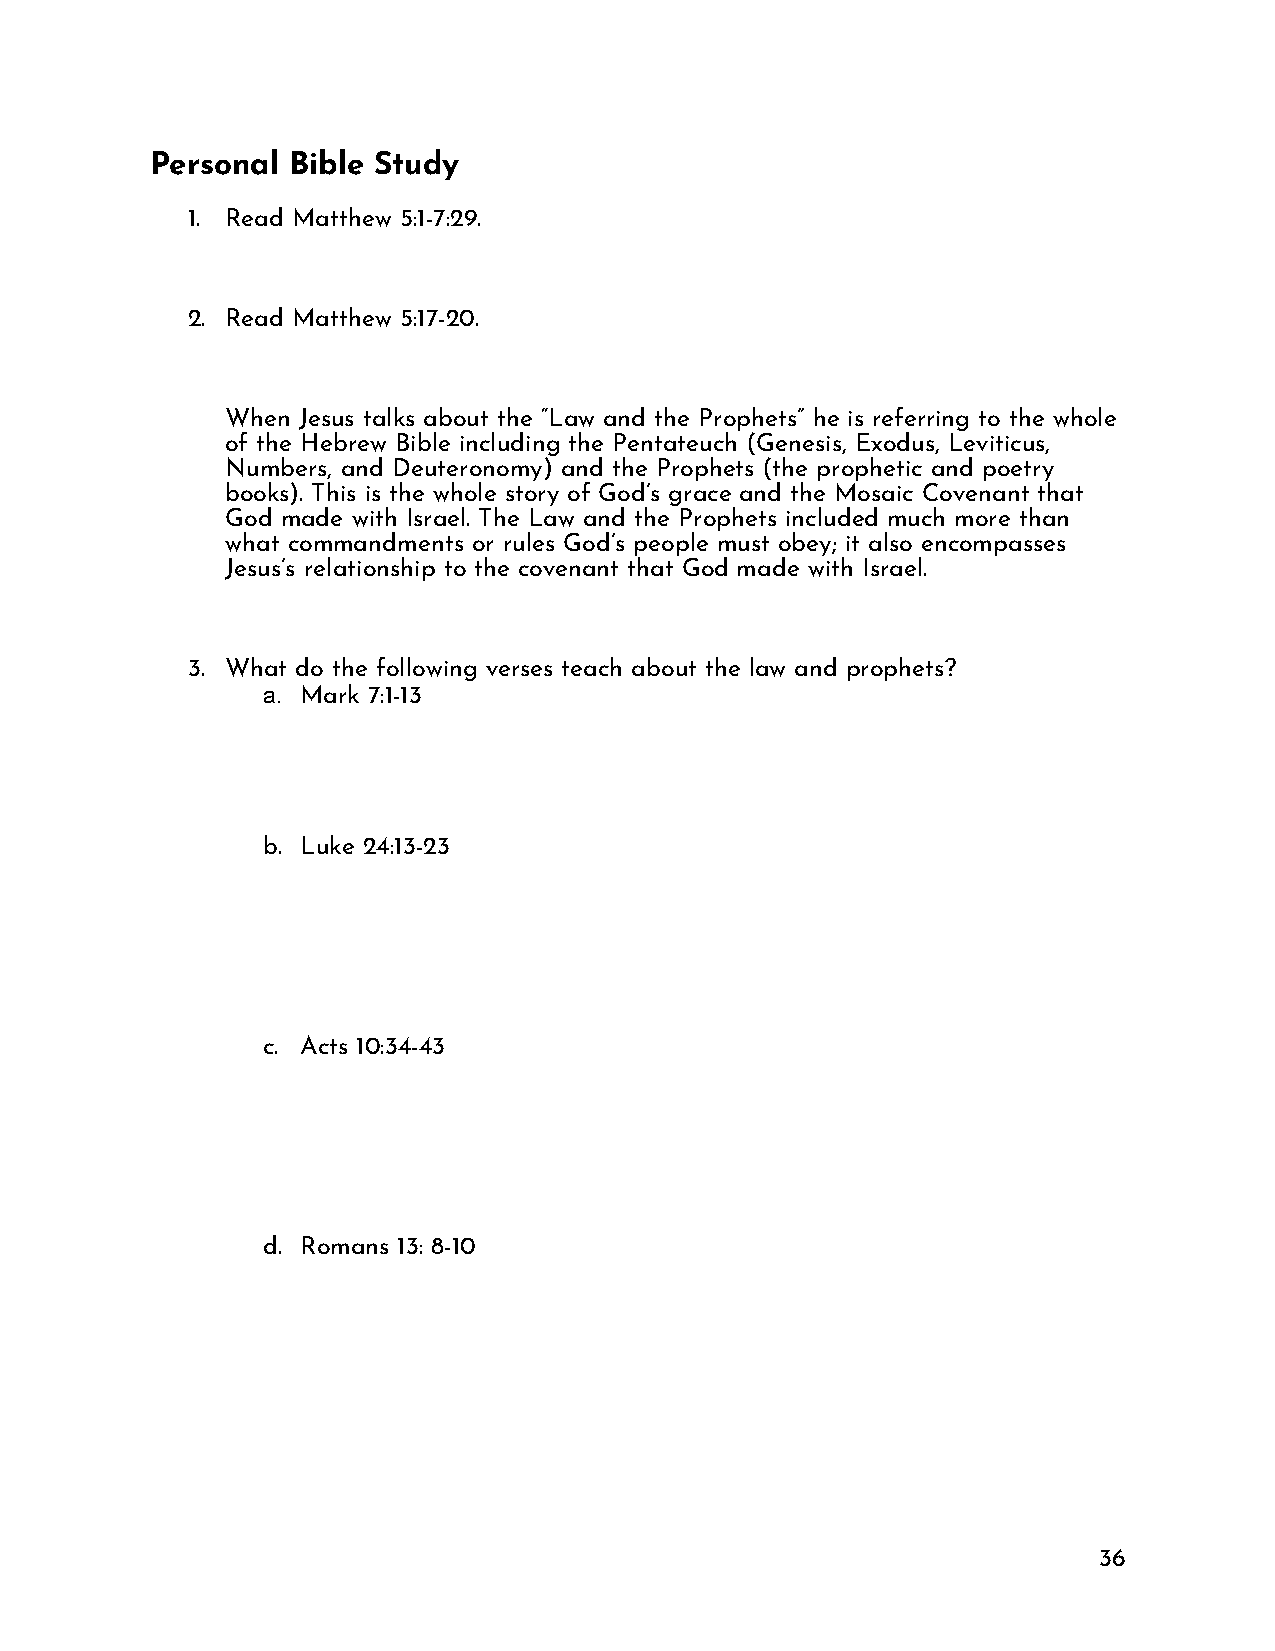
Personal Bible Study
 1. Read Matthew 5:1-7:29.
 2. Read Matthew 5:17-20.
 When Jesus talks about the “Law and the Prophets” he is referring to the whole
 of the Hebrew Bible including the Pentateuch (Genesis, Exodus, Leviticus,
 Numbers, and Deuteronomy) and the Prophets (the prophetic and poetry
 books). This is the whole story of God’s grace and the Mosaic Covenant that
 God made with Israel. The Law and the Prophets included much more than
 what commandments or rules God’s people must obey; it also encompasses
 Jesus’s relationship to the covenant that God made with Israel.
 3. What do the following verses teach about the law and prophets?
 a. Mark 7:1-13
 b. Luke 24:13-23
 c. Acts 10:34-43
 d. Romans 13: 8-10
 36